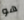
هو